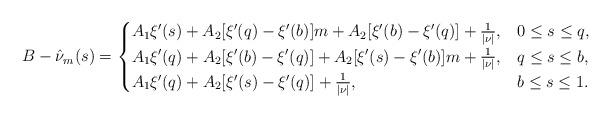
LaTeX: \begin{align*}B-\hat \nu_m(s) = \begin{cases}A_1\xi'(s) +A_2[\xi'(q)-\xi'(b)]m + A_2[\xi'(b)-\xi'(q)] +\frac1{|\nu|}, & 0\le s \le q,\\A_1\xi'(q)+A_2[\xi'(b)-\xi'(q)]+A_2[\xi'(s)-\xi'(b)]m +\frac1{|\nu|}, & q\le s\le b,\\A_1\xi'(q) + A_2[\xi'(s)-\xi'(q)]+\frac1{|\nu|}, & b\le s\le 1.\end{cases}\end{align*}